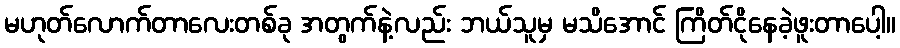
မဟုတ်လောက်တာလေးတစ်ခု အတွက်နဲ့လည်း ဘယ်သူမှ မသိအောင် ကြိတ်ငိုနေခဲ့ဖူးတာပေါ့။